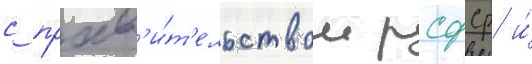
с прав'и́т'ельством рсфср и́